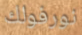
نورفولك